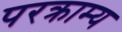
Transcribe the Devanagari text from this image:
परक्राम्‍य